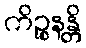
ကိဉ္စနန္တိ